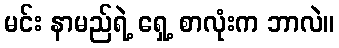
မင်း နာမည်ရဲ့ ရှေ့ စာလုံးက ဘာလဲ။